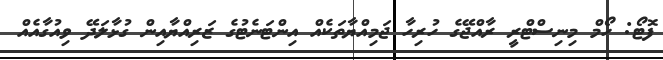
ފޮޓޯ: ހޯމް މިނިސްޓްރީ ރާއްޖޭގެ ހުރިހާ ޖަމިއްޔާތަކެއް އިންޓަނެޓުގެ ޒަރިއްޔާއިން ގުޅާލަދޭ ވިއުގާއެއް